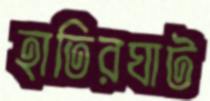
হাতিরঘাট